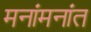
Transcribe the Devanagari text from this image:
मनांमनांत